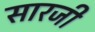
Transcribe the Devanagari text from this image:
सारजी